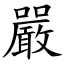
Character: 嚴